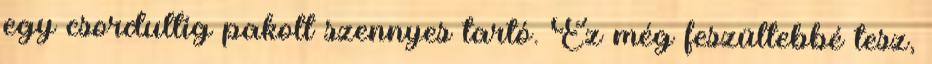
egy csordultig pakolt szennyes tartó. Ez még feszültebbé tesz,